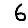
Digit: 6